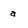
Character: a